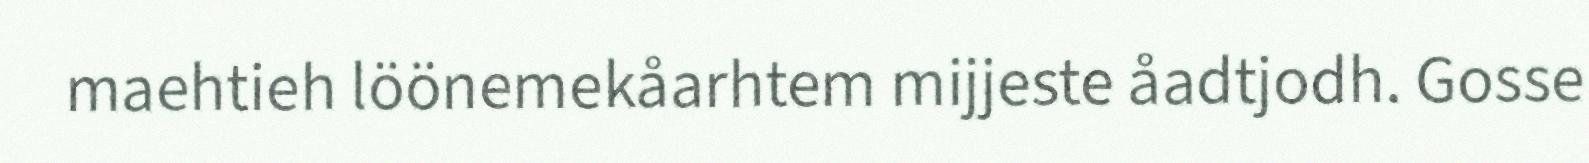
maehtieh löönemekåarhtem mijjeste åadtjodh. Gosse